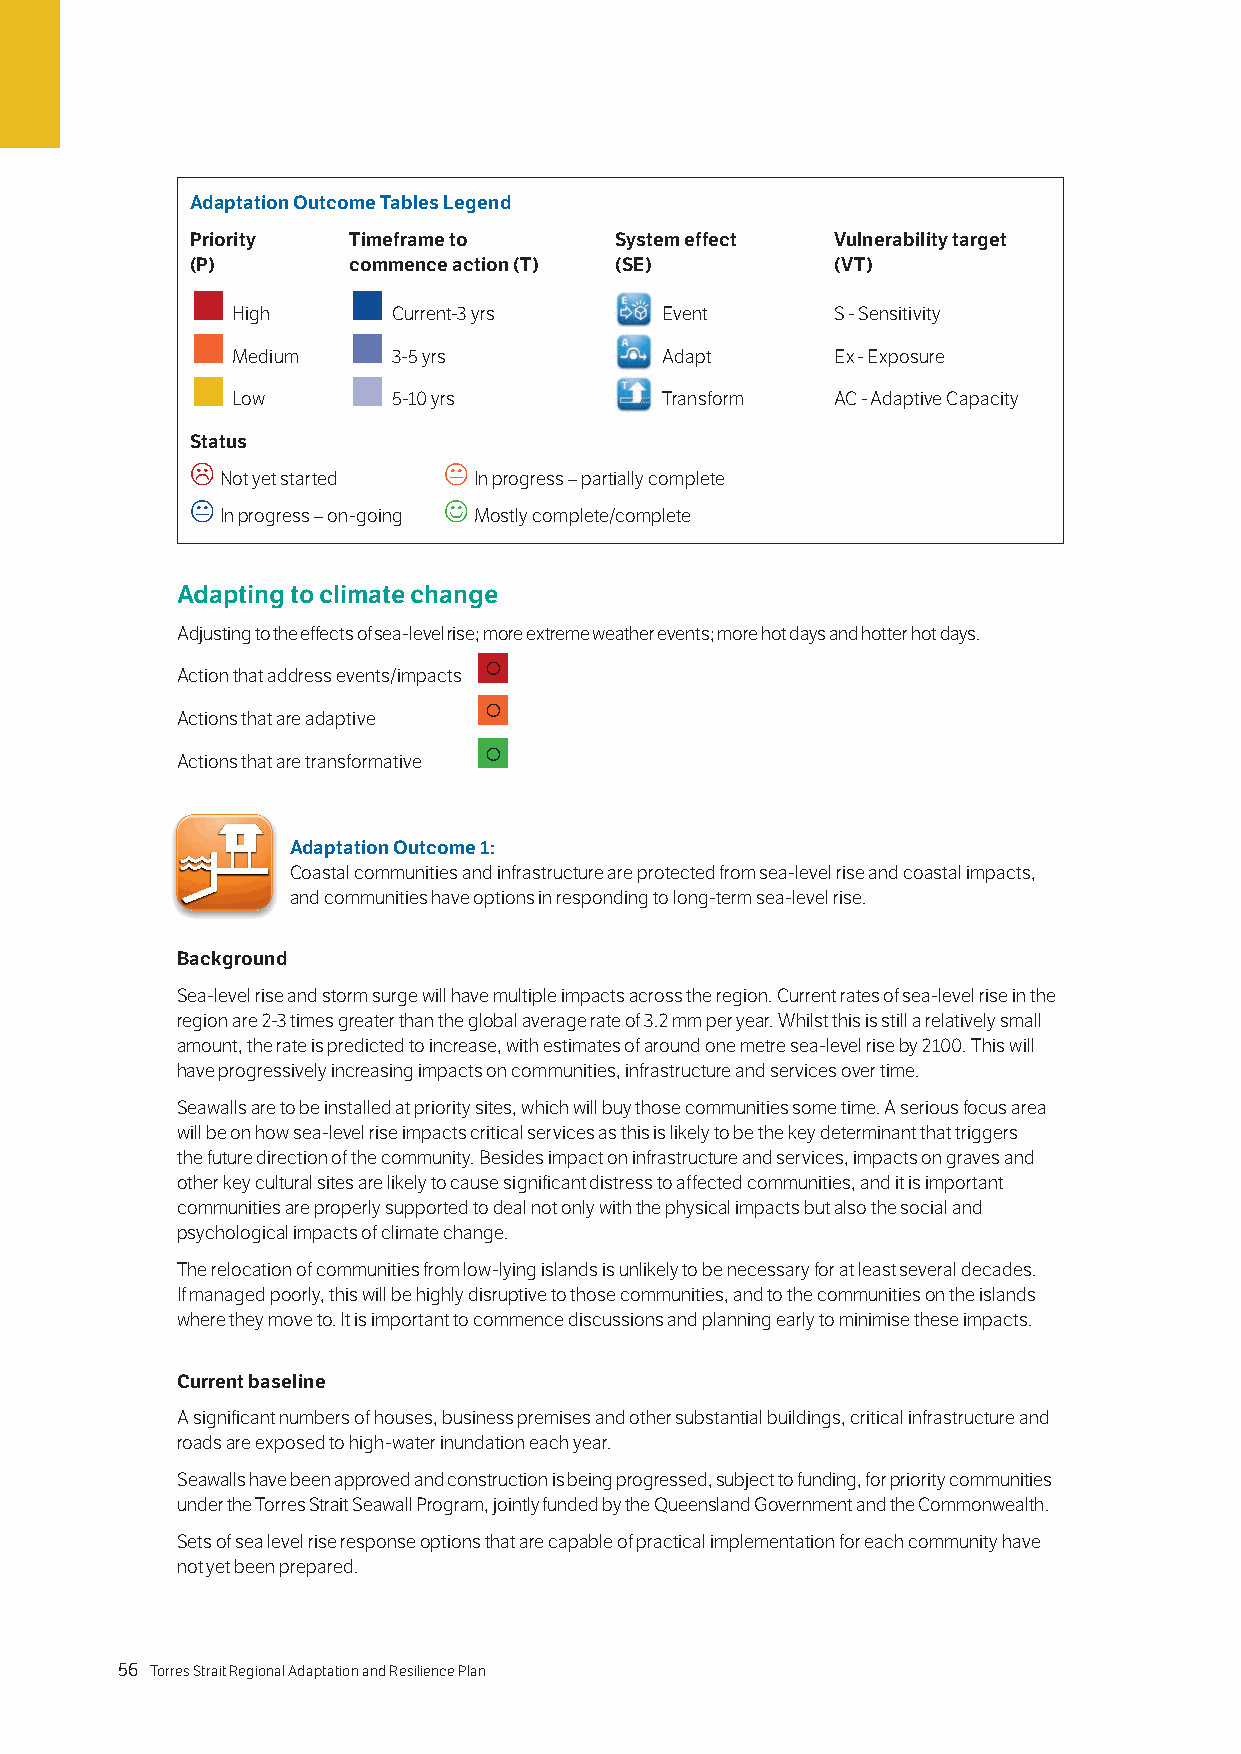
Adaptation Outcome Tables Legend
 Priority  Timeframe to      System effect Vulnerability target
 (P)       commence action (T) (SE)        (VT)
          
 High       Current-3 yrs     Event      S - Sensitivity
          
 Medium     3-5 yrs           Adapt      Ex - Exposure
          
 Low        5-10 yrs          Transform  AC - Adaptive Capacity
 Status
                
 Not yet started In progress – partially complete
                
 In progress – on-going Mostly complete/complete
 Adapting to climate change
 Adjusting to the effects of sea-level rise; more extreme weather events; more hot days and hotter hot days.
 
 Action that address events/impacts
 
 Actions that are adaptive
 
 Actions that are transformative
 Adaptation Outcome 1:
 Coastal communities and infrastructure are protected from sea-level rise and coastal impacts,
 and communities have options in responding to long-term sea-level rise.
 Background
 Sea-level rise and storm surge will have multiple impacts across the region. Current rates of sea-level rise in the
 region are 2-3 times greater than the global average rate of 3.2 mm per year. Whilst this is still a relatively small
 amount, the rate is predicted to increase, with estimates of around one metre sea-level rise by 2100. This will
 have progressively increasing impacts on communities, infrastructure and services over time.
 Seawalls are to be installed at priority sites, which will buy those communities some time. A serious focus area
 will be on how sea-level rise impacts critical services as this is likely to be the key determinant that triggers
 the future direction of the community. Besides impact on infrastructure and services, impacts on graves and
 other key cultural sites are likely to cause significant distress to affected communities, and it is important
 communities are properly supported to deal not only with the physical impacts but also the social and
 psychological impacts of climate change.
 The relocation of communities from low-lying islands is unlikely to be necessary for at least several decades.
 If managed poorly, this will be highly disruptive to those communities, and to the communities on the islands
 where they move to. It is important to commence discussions and planning early to minimise these impacts.
 Current baseline
 A significant numbers of houses, business premises and other substantial buildings, critical infrastructure and
 roads are exposed to high-water inundation each year.
 Seawalls have been approved and construction is being progressed, subject to funding, for priority communities
 under the Torres Strait Seawall Program, jointly funded by the Queensland Government and the Commonwealth.
 Sets of sea level rise response options that are capable of practical implementation for each community have
 not yet been prepared.
 56 Torres Strait Regional Adaptation and Resilience Plan